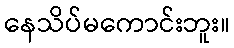
နေသိပ်မကောင်းဘူး။